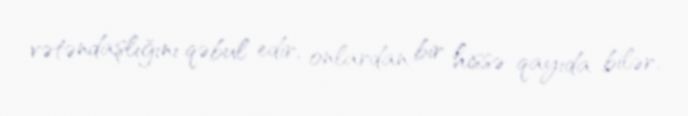
vətəndaşlığını qəbul edir, onlardan bir hissə qayıda bilər.